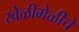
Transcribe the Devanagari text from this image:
खेळीमेळीचे